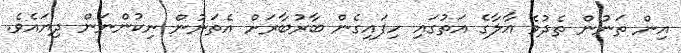
އިން ތަނުން ތެދުވެ އާލާގެ އަތުގައި ހިފައިގެން ބާރުބާރަށް އެތަނުން ނިކުންނަން ދިޔައެވެ.